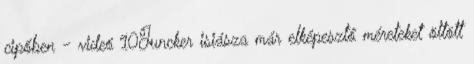
cipőben - videó 10Juncker isiásza már elképesztő méreteket öltött